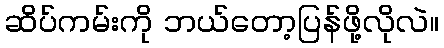
ဆိပ်ကမ်းကို ဘယ်တော့ပြန်ဖို့လိုလဲ။